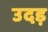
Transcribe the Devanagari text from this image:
उदड़